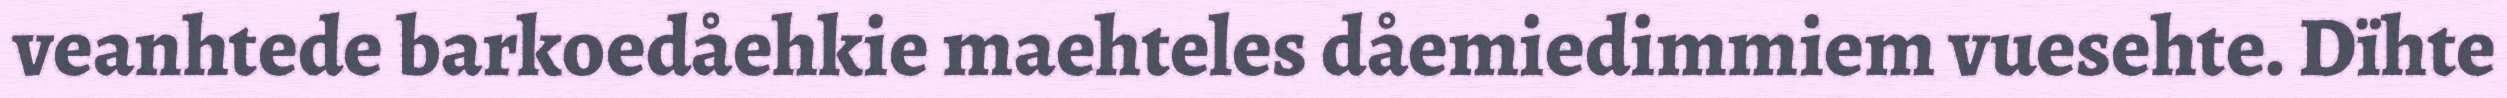
veanhtede barkoedåehkie maehteles dåemiedimmiem vuesehte. Dïhte